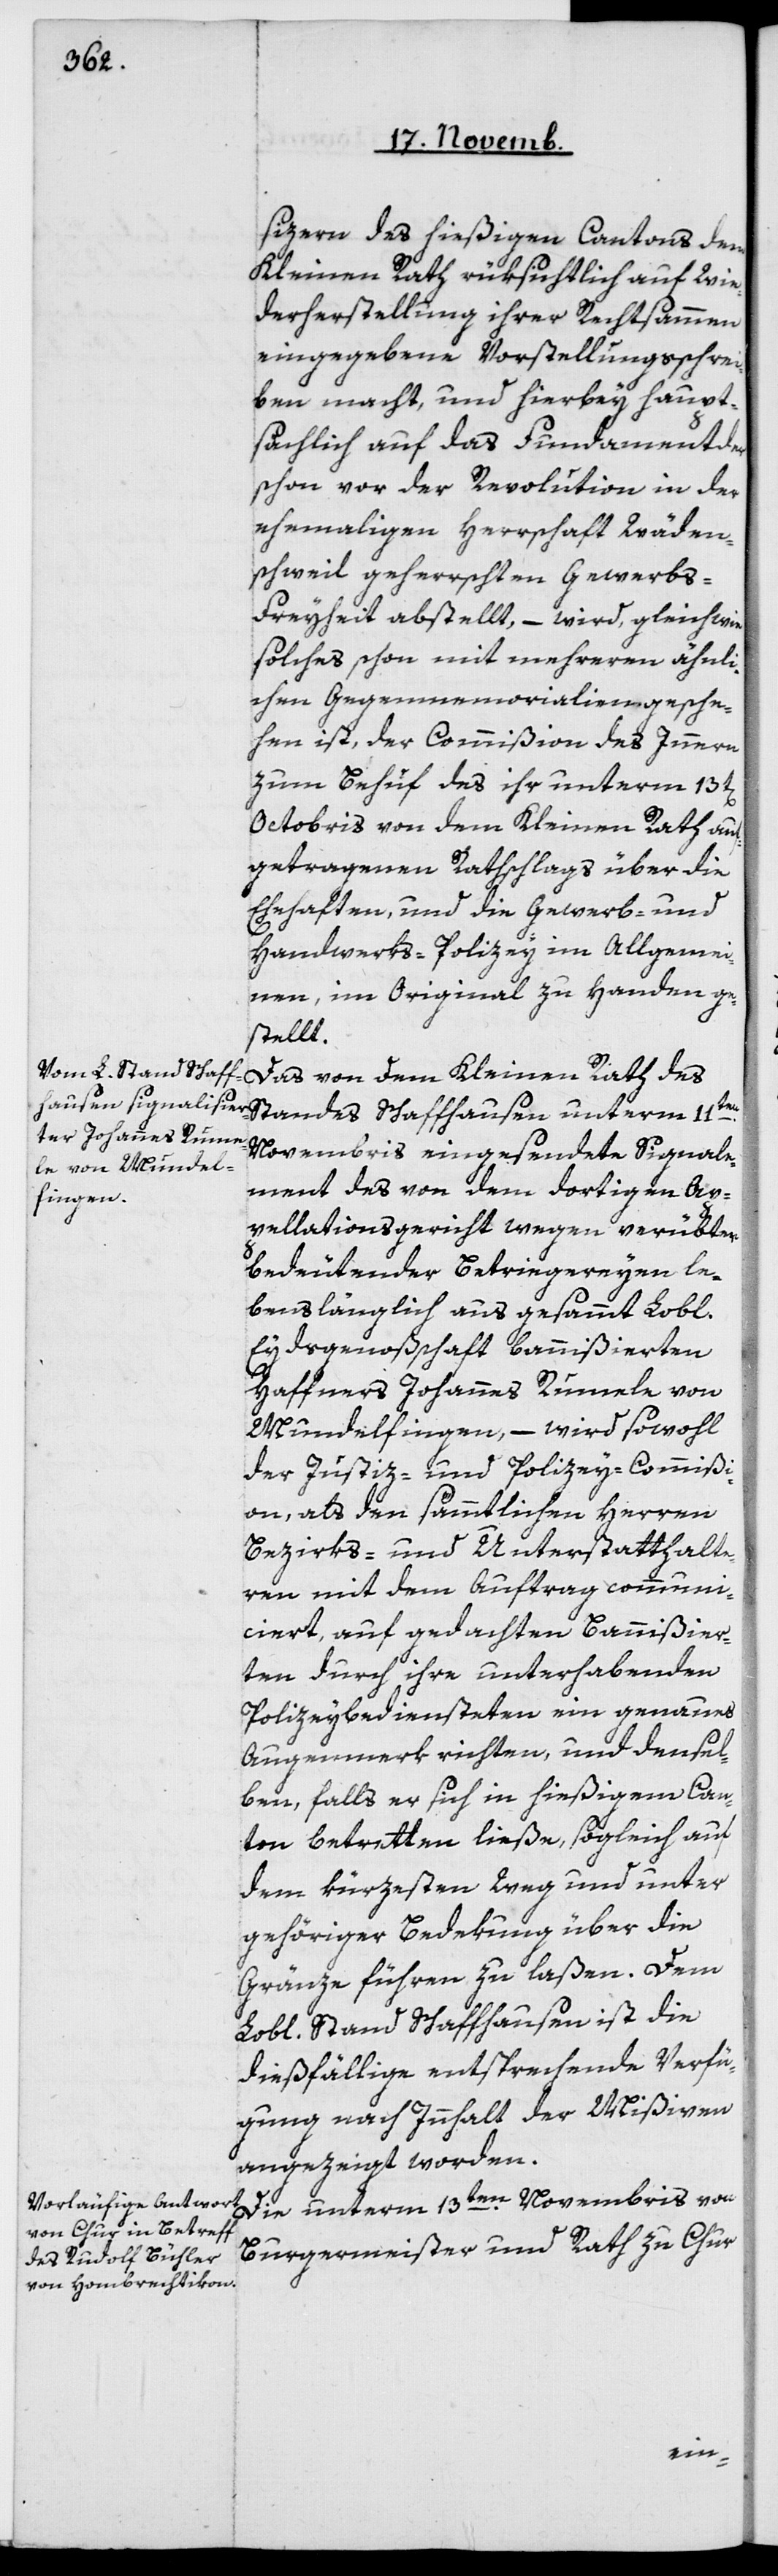
sizern des hießigen Cantons dem
Kleinen Rath rüksichtlich auf Wie¬
derherstellung ihrer Rechtsammen
eingegebene Vorstellungsschrei¬
ben macht, und hierbey haupt¬
sächlich auf das Fundament der
schon vor der Revolution in der
ehemaligen Herrschaft Wäden¬
schweil geherrschten Gewerbs-F¬
reyheit abstellt, – wird, gleich wie
solches schon mit mehreren ähnli¬
chen Gegenmemorialien gesche¬
hen ist, der Commißion des Innern
zum Behuf des ihr unterm 13ten
Octobris von dem Kleinen Rath auf¬
getragenen Rathschlags über die
Ehehaften und die Gewerb- und
Handwerks-Polizey im Allgemei¬
nen, im Original zu Handen ge¬
stellt.
Das von dem Kleinen Rath des
Novembris eingesendete Signale¬
ment des von dem dortigen Ap¬
pellationsgericht wegen verübter
bedeutender Betriegereyen le¬
benslänglich aus gesammt Lobl.
Eydsgenoßschaft bannißierten
Haffners Johannes Rumele von
Mundelfingen, – wird sowohl
der Justiz- und Polizey-Commißi¬
on als den sämmtlichen Herren
Bezirks- und Unterstatthalte¬
ren mit dem Auftrag communi¬
ciert, auf gedachten Bannißier¬
ten durch ihre unterhabenden
Polizeybediensteten ein genaues
Augenmerk richten, und densel¬
ben, falls er sich in hießigem Can¬
ton betretten ließe, sogleich auf
dem kürzesten Weg und unter
gehöriger Bedekung über die
Gränze führen zu laßen. Dem
Lobl. Stand Schaffhausen ist die
dießfällige entsprechende Verfü¬
gung nach Innhalt der Mißiven
angezeigt worden.
Die unterm 13ten Novembris von
Burgermeister und Rath zu Chur